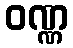
ဝဏ္ဏ